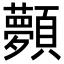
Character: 顭